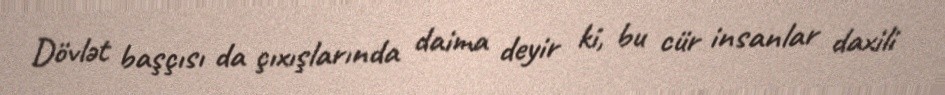
Dövlət başçısı da çıxışlarında daima deyir ki, bu cür insanlar daxili